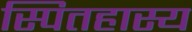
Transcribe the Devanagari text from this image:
स्पितहास्य